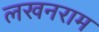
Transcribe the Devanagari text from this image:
लखनराम